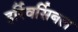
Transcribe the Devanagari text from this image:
इर्रिवर्सिबल